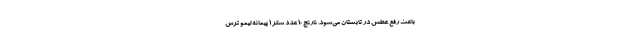
باعث رفع عطش در تابستان می‌شود. نارنج 10 عدد شکر 1 پیمانه لیمو ترش